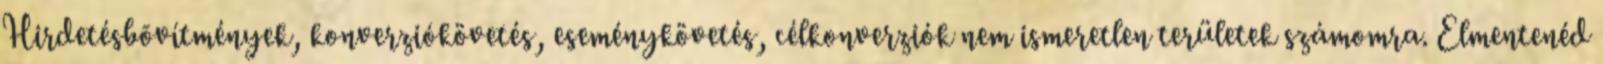
Hirdetésbõvítmények, konverziókövetés, eseménykövetés, célkonverziók nem ismeretlen területek számomra. Elmentenéd